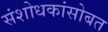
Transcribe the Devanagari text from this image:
संशोधकांसोबत